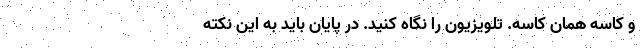
و کاسه همان کاسه. تلویزیون را نگاه کنید. در پایان باید به این نکته